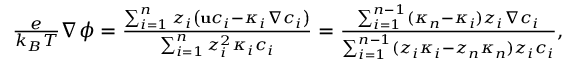
\begin{array} { r } { \frac { e } { k _ { B } T } \nabla \phi = \frac { \sum _ { i = 1 } ^ { n } z _ { i } \left( \mathbf { u } c _ { i } - \kappa _ { i } \nabla c _ { i } \right) } { \sum _ { i = 1 } ^ { n } z _ { i } ^ { 2 } \kappa _ { i } c _ { i } } = \frac { \sum _ { i = 1 } ^ { n - 1 } ( \kappa _ { n } - \kappa _ { i } ) z _ { i } \nabla c _ { i } } { \sum _ { i = 1 } ^ { n - 1 } ( z _ { i } \kappa _ { i } - z _ { n } \kappa _ { n } ) z _ { i } c _ { i } } , } \end{array}